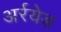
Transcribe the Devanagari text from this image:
अर्रयेड